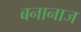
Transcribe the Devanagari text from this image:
बनानाज